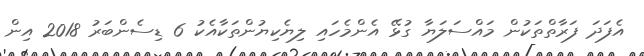
އެފަދަ ފަރާތްތަކުން މައްސަލަޔާ ގުޅޭ އެންމެހައި ލިޔެކިޔުންތަކާއެކު 6 ޑިސެންބަރު 2018 އިން